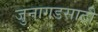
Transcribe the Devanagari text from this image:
जुनागडसाठी